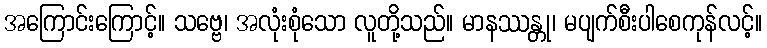
အကြောင်းကြောင့်။ သဗ္ဗေ၊ အလုံးစုံသော လူတို့သည်။ မာနဿန္တု၊ မပျက်စီးပါစေကုန်လင့်။